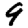
Digit: 9